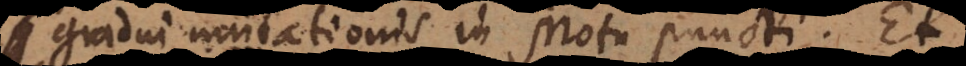
gradui mutationis in motu puncti. Et